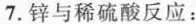
7.锌与稀硫酸反应：